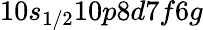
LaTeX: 10s_{1/2}10p8d7f6g